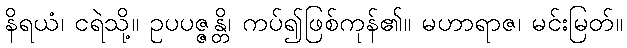
နိရယံ၊ ငရဲသို့။ ဥပပဇ္ဇန္တိ၊ ကပ်၍ဖြစ်ကုန်၏။ မဟာရာဇ၊ မင်းမြတ်။